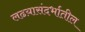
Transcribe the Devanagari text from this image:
लढय़ासंदर्भातील